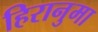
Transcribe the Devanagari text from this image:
हिरानुमा